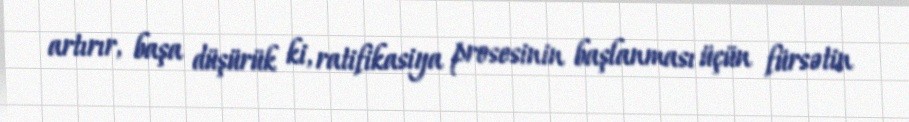
artırır, başa düşürük ki, ratifikasiya prosesinin başlanması üçün fürsətin